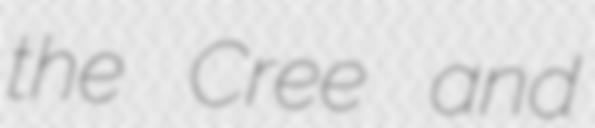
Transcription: the Cree and